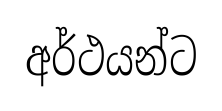
අර්ථයන්ට